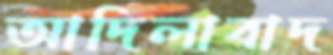
আদিলাবাদ